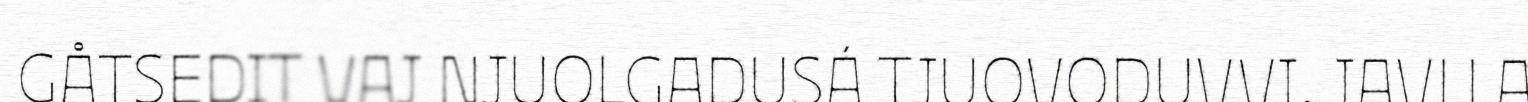
GÅTSEDIT VAJ NJUOLGADUSÁ TJUOVODUVVI, JAVLLA